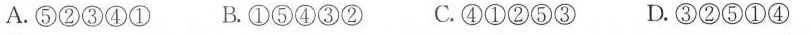
A.⑤②③④① B.①⑤④③② C.④①②⑤③D.③②⑤①④